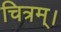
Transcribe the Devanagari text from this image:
चित्रम्।